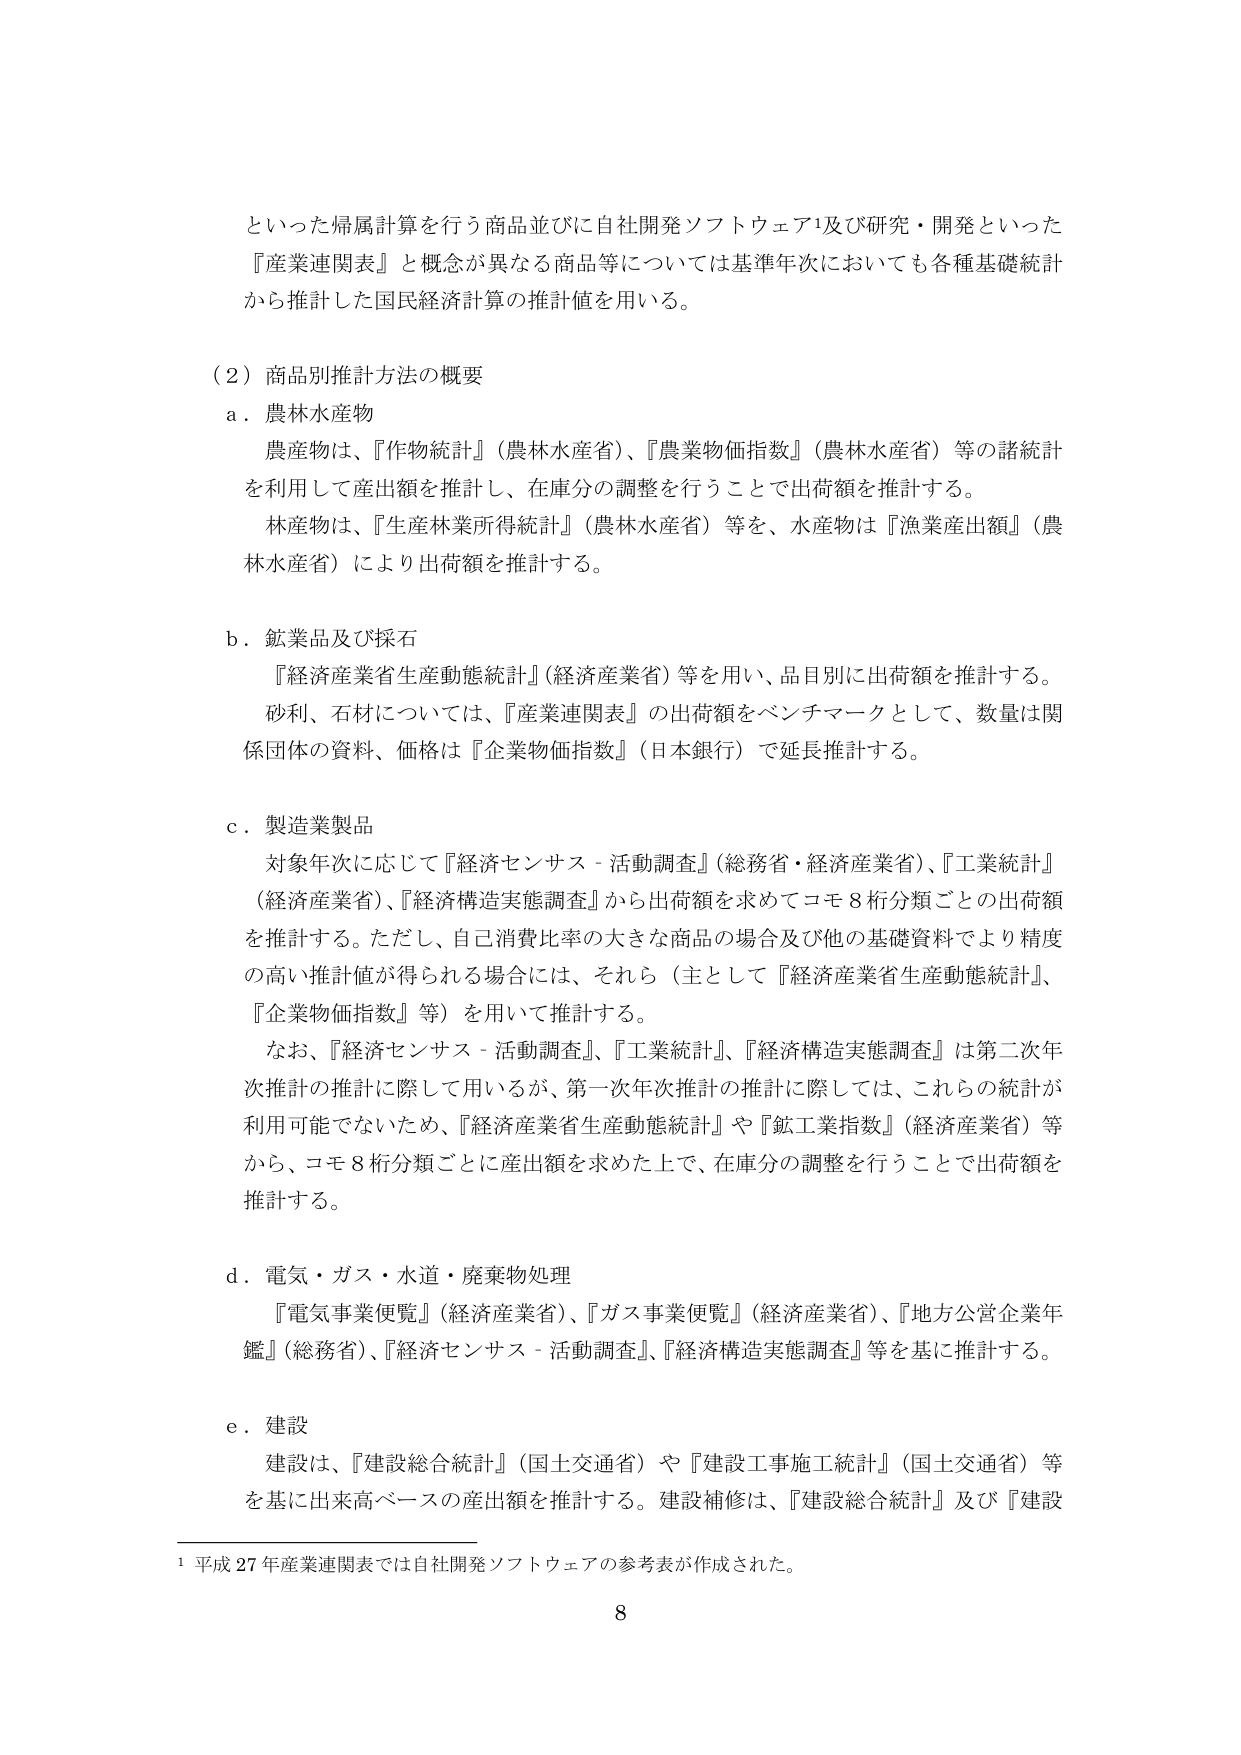
といった帰属計算を行う商品並びに自社開発ソフトウェア¹及び研究・開発といった
『産業連関表』と概念が異なる商品等については基準年次においても各種基礎統計
から推計した国民経済計算の推計値を用いる。

（２）商品別推計方法の概要
ａ．農林水産物
　農産物は、『作物統計』（農林水産省）、『農業物価指数』（農林水産省）等の諸統計
を利用して産出額を推計し、在庫分の調整を行うことで出荷額を推計する。
　林産物は、『生産林業所得統計』（農林水産省）等を、水産物は『漁業産出額』（農
林水産省）により出荷額を推計する。

ｂ．鉱業品及び採石
　『経済産業省生産動態統計』（経済産業省）等を用い、品目別に出荷額を推計する。
　砂利、石材については、『産業連関表』の出荷額をベンチマークとして、数量は関
係団体の資料、価格は『企業物価指数』（日本銀行）で延長推計する。

ｃ．製造業製品
　対象年次に応じて『経済センサス－活動調査』（総務省・経済産業省）、『工業統計』
（経済産業省）、『経済構造実態調査』から出荷額を求めてコモ8桁分類ごとの出荷額
を推計する。ただし、自己消費比率の大きな商品の場合及び他の基礎資料でより精度
の高い推計値が得られる場合には、それら（主として『経済産業省生産動態統計』、
『企業物価指数』等）を用いて推計する。
　なお、『経済センサス－活動調査』、『工業統計』、『経済構造実態調査』は第二次年
次推計の推計に際して用いるが、第一次年次推計の推計に際しては、これらの統計が
利用可能でないため、『経済産業省生産動態統計』や『鉱工業指数』（経済産業省）等
から、コモ8桁分類ごとに産出額を求めた上で、在庫分の調整を行うことで出荷額を
推計する。

ｄ．電気・ガス・水道・廃棄物処理
　『電気事業便覧』（経済産業省）、『ガス事業便覧』（経済産業省）、『地方公営企業年
鑑』（総務省）、『経済センサス－活動調査』、『経済構造実態調査』等を基に推計する。

ｅ．建設
　建設は、『建設総合統計』（国土交通省）や『建設工事施工統計』（国土交通省）等
を基に出来高ベースの産出額を推計する。建設補修は、『建設総合統計』及び『建設

¹ 平成27年産業連関表では自社開発ソフトウェアの参考表が作成された。
8